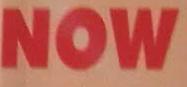
now